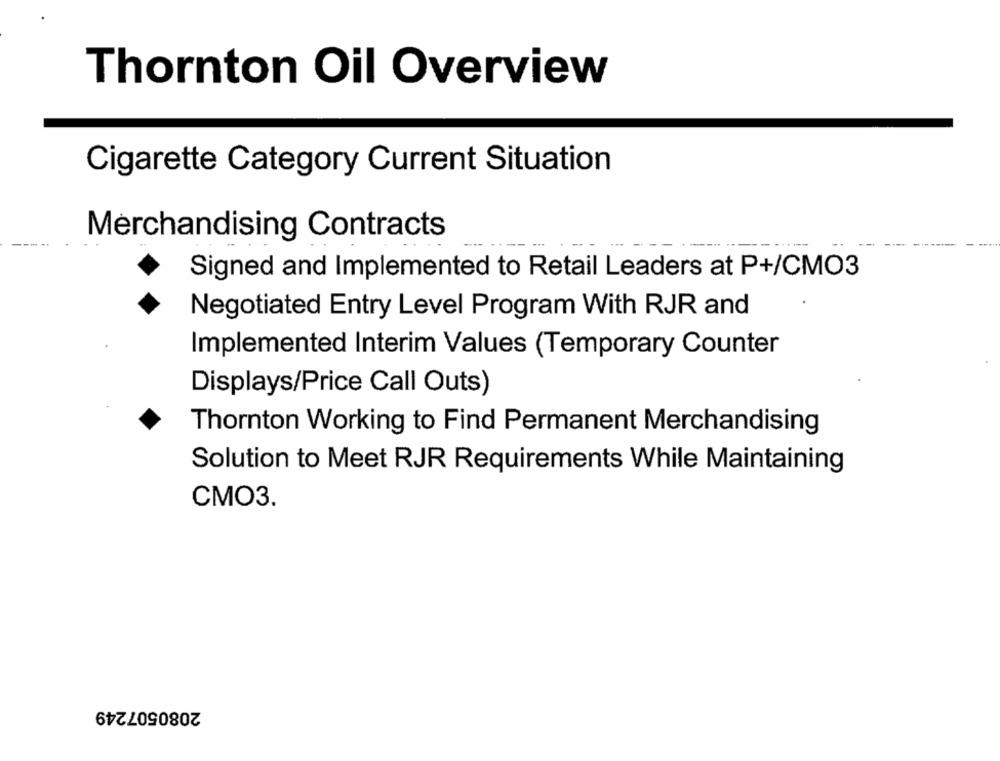
Thornton Oil Overview
Cigarette Category Current Situation
Merchandising Contracts
Signed and Implemented to Retail Leaders at P+/CMO3
Negotiated Entry Level Program With RJR and
Implemented Interim Values (Temporary Counter
Displays/Price Call Outs)
Thornton Working to Find Permanent Merchandising
Solution to Meet RJR Requirements While Maintaining
CMO3.
2080507249